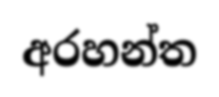
අරහන්ත